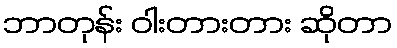
ဘာတုန်း ဝါးတားတား ဆိုတာ